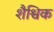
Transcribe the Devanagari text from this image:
शैश्विक